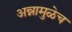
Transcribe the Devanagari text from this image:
अन्नामुळेच